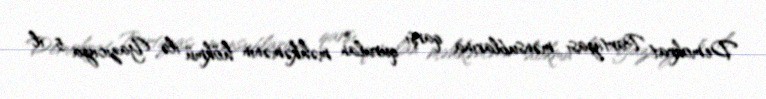
Demokrat Partiyası mənsublarına qarşı qurulan məhkəmənin hökmü ilə Yazıcıya 5 il